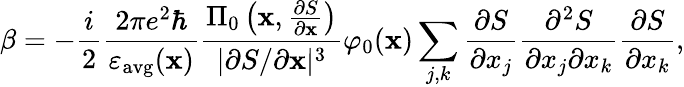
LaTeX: \beta=-\frac{i}{2}\frac{2\pi e^{2}\hbar}{\varepsilon_{\mathrm{avg}}(\mathbf{x})}\frac{\Pi_{0}\left(\mathbf{x},\frac{\partial S}{\partial\mathbf{x}}\right)}{|\partial S/\partial\mathbf{x}|^{3}}\varphi_{0}(\mathbf{x})\sum_{j,k}\frac{\partial S}{\partial x_{j}}\frac{\partial^{2}S}{\partial x_{j}\partial x_{k}}\frac{\partial S}{\partial x_{k}},